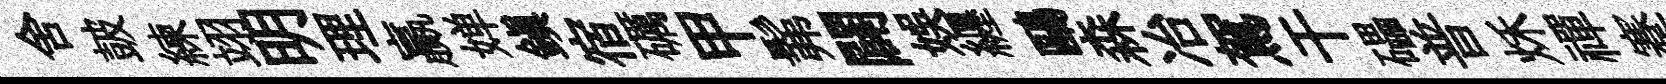
舍皷練翊明理贏婵鎮宿礪甲髴闢娱纒鷗森冶駕干礧普秌禪蹇